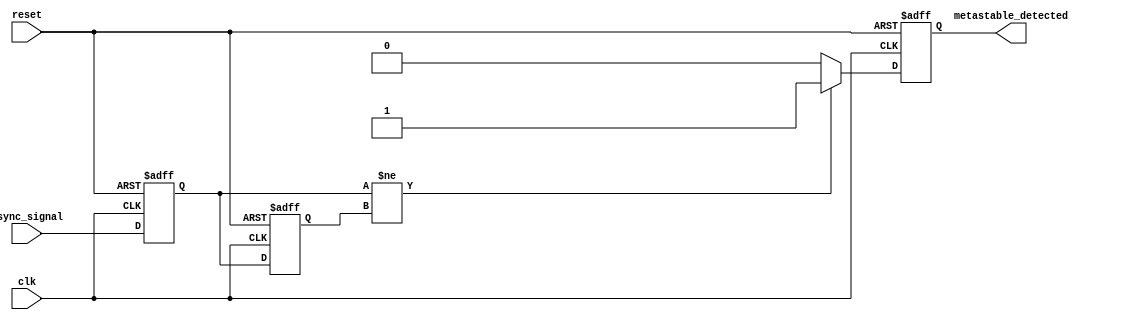
module MetastabilityDetector (
    input wire clk,           // Clock signal
    input wire reset,         // Reset signal
    input wire async_signal,  // Asynchronous input signal
    output reg metastable_detected // Output signal indicating metastability
);
    
    // Internal signals for the flip-flops
    reg ff1_out; // Output of the first flip-flop
    reg ff2_out; // Output of the second flip-flop

    // Flip-Flop 1: Edge-triggered, samples async_signal
    always @(posedge clk or posedge reset) begin
        if (reset) begin
            ff1_out <= 1'b0; // Reset state
        end else begin
            ff1_out <= async_signal; // Sample async signal
        end
    end

    // Flip-Flop 2: Edge-triggered, samples output of the first flip-flop
    always @(posedge clk or posedge reset) begin
        if (reset) begin
            ff2_out <= 1'b0; // Reset state
        end else begin
            ff2_out <= ff1_out; // Sample output of FF1
        end
    end

    // Metastability Detection Logic
    // Detect if the outputs of the two flip-flops are different
    always @(posedge clk or posedge reset) begin
        if (reset) begin
            metastable_detected <= 1'b0; // Reset detected state
        end else if (ff1_out != ff2_out) begin
            metastable_detected <= 1'b1; // Metastability detected
        end else begin
            metastable_detected <= 1'b0; // No metastability
        end
    end

endmodule